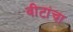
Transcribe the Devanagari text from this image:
वीटांचा